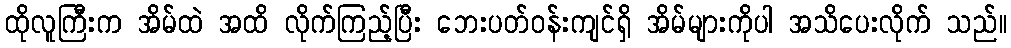
ထိုလူကြီးက အိမ်ထဲ အထိ လိုက်ကြည့်ပြီး ဘေးပတ်ဝန်းကျင်ရှိ အိမ်များကိုပါ အသိပေးလိုက် သည်။